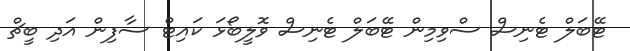
ޓޭބަލް ޓެނިސް ސްވިމިން ޓޭބަލް ޓެނިސް ވޮލީބޯޅަ ކައިޓް ސާފިން އަދި ބީޗް